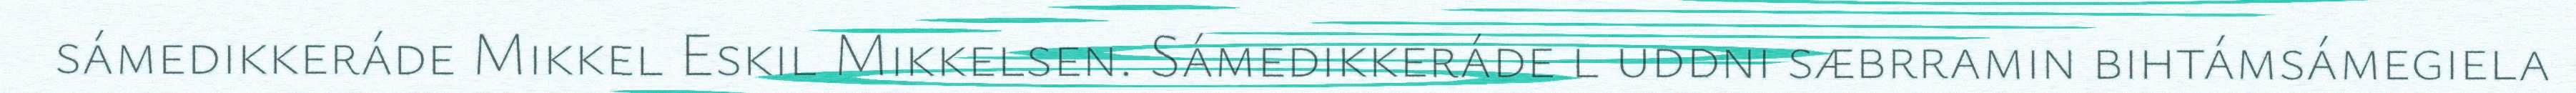
sámedikkeráde Mikkel Eskil Mikkelsen. Sámedikkeráde l uddni sæbrramin bihtámsámegiela